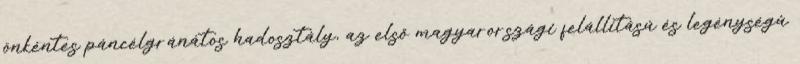
önkéntes páncélgránátos hadosztály, az elsõ magyarországi felállítású és legénységû